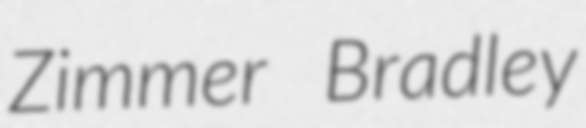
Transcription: Zimmer Bradley